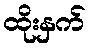
ထိုးနှက်